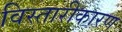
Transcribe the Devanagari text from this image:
विस्तारीकारण